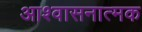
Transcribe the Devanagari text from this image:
आश्वासनात्मक